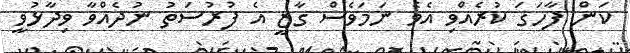
ކަން ފާހަގަ ކުރެއްވި އެވެ ނަމަވެސް ގާޒީ އެ ފުރުސަތު ނުދެއްވާ ވިދާޅުވީ